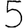
Digit: 5